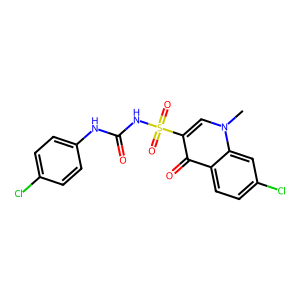
SMILES: Cn1cc(S(=O)(=O)NC(=O)Nc2ccc(Cl)cc2)c(=O)c2ccc(Cl)cc21
Inhibits HIV replication: No